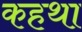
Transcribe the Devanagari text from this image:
कहथा